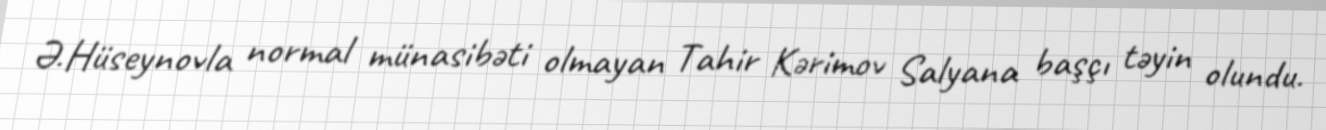
Ə.Hüseynovla normal münasibəti olmayan Tahir Kərimov Salyana başçı təyin olundu.